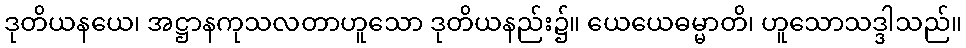
ဒုတိယနယေ၊ အဋ္ဌာနကုသလတာဟူသော ဒုတိယနည်း၌။ ယေယေဓမ္မာတိ၊ ဟူသောသဒ္ဒါသည်။